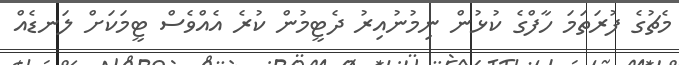
މެޗުގެ ފުރަތަމަ ހާފްގެ ކުޅުން ނިމުނުއިރު ދެޓީމުން ކުރެ އެއްވެސް ޓީމަކަށް ލަނޑެއް